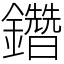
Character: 𨯩